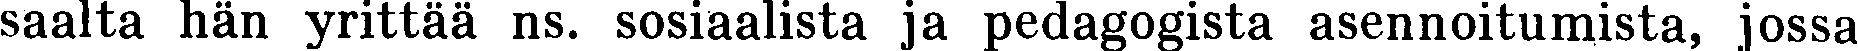
saalta hän yrittää ns. sosiaalista ja pedagogista asennoitumista, jossa